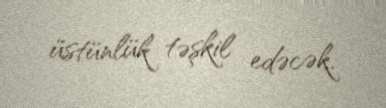
üstünlük təşkil edəcək.